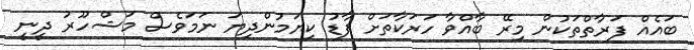
ބައެއް ފަރާތްތަކުން މިރޭ ބާއްވާ ހަރަކާތަށް ފާޑު ކިޔަމުންދިޔަ ނަމަވެސް މަޝްހޫރު ދީނީ